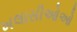
ખલાસીઓઓ